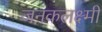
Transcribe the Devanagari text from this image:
जनकलक्ष्मी